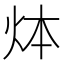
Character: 㶱